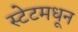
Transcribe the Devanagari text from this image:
स्टेटमधून